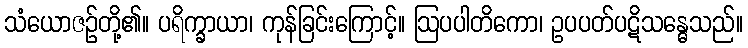
သံယောဇဉ်တို့၏။ ပရိက္ခာယာ၊ ကုန်ခြင်းကြောင့်။ ဩပပါတိကော၊ ဥပပတ်ပဋိသန္ဓေသည်။